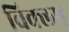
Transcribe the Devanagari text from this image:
विक्लप